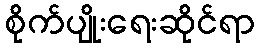
စိုက်ပျိုးရေးဆိုင်ရာ